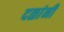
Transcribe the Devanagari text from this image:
दळांनी